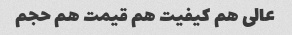
عالی هم کیفیت هم قیمت هم حجم